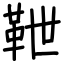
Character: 靾